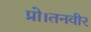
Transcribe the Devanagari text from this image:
प्रो।तनवीर